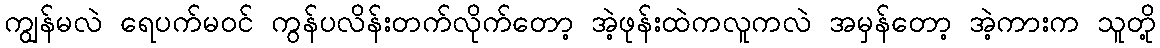
ကျွန်မလဲ ရေပက်မ၀င် ကွန်ပလိန်းတက်လိုက်တော့ အဲ့ဖုန်းထဲကလူကလဲ အမှန်တော့ အဲ့ကားက သူတို့